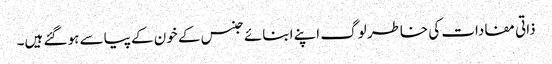
ذاتی مفادات کی خاطر لوگ اپنے ابنائے جنس کے خون کے پیاسے ہو گئے ہیں۔